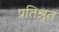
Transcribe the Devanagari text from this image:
प्रतिश्रुत